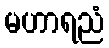
မဟာရညံ